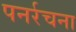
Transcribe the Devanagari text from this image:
पनर्रचना